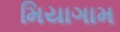
મિયાગામ